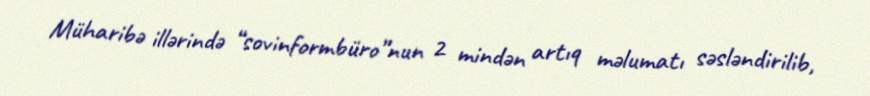
Müharibə illərində “sovinformbüro”nun 2 mindən artıq məlumatı səsləndirilib,